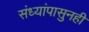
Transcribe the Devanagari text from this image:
संध्यांपासुनही